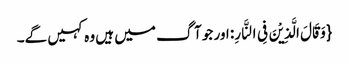
{وَ قَالَ الَّذِیْنَ فِی النَّارِ: اور جو آگ میں ہیں وہ کہیں گے۔